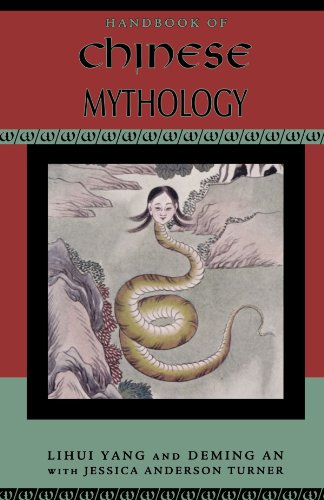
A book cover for Handbook of Chinese Mythology (Handbooks of World Mythology); Lihui Yang; Literature & Fiction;